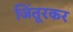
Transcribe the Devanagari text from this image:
जिंतूरकर